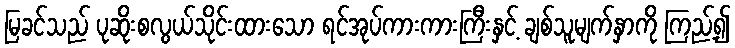
မြခင်သည် ပုဆိုးစလွယ်သိုင်းထားသော ရင်အုပ်ကားကားကြီးနှင့် ချစ်သူမျက်နှာကို ကြည့်၍